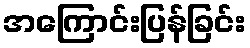
အကြောင်းပြန်ခြင်း